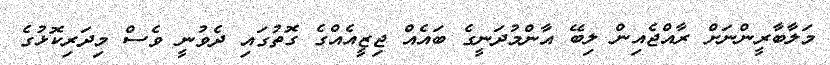
މަލާބާރީންނަށް ރާއްޖެއިން ލިބޭ އާންމުދަނީގެ ބައެއް ޖިޒީއެއްގެ ގޮތުގައި ދެވުނީ ވެސް މިދަރިކޮޅުގެ